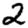
Digit: 2